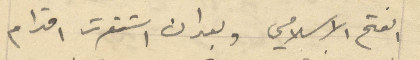
الفتح الاسلامي وبعد ان استقرت اقدام